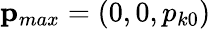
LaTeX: \mathbf{p}_{max}=(0,0,p_{k0})